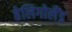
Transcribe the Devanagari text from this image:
हेलिगोलैंड